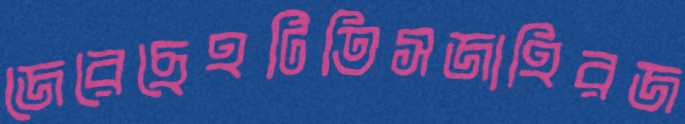
জেরেছেহটিতিসজাহিরজ